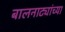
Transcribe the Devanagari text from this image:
बालनाट्यांच्या